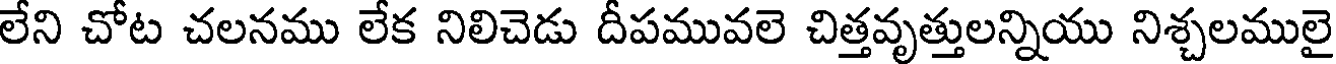
లేని చోట చలనము లేక నిలిచెడు దీపమువలె చిత్తవృత్తులన్నియు నిశ్చలములై